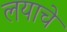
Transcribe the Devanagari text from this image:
लयाचे